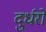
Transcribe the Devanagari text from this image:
दुर्धरो